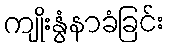
ကျိုးနွံနာခံခြင်း